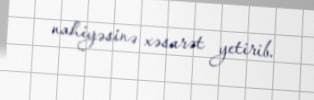
nahiyəsinə xəsarət yetirib.